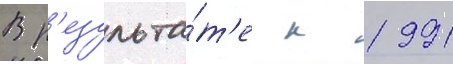
В р'езульта́т'е к 1991